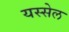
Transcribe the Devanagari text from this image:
यस्सेल